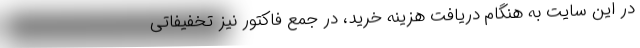
در این سایت به هنگام دریافت هزینه خرید، در جمع فاکتور نیز تخفیفاتی